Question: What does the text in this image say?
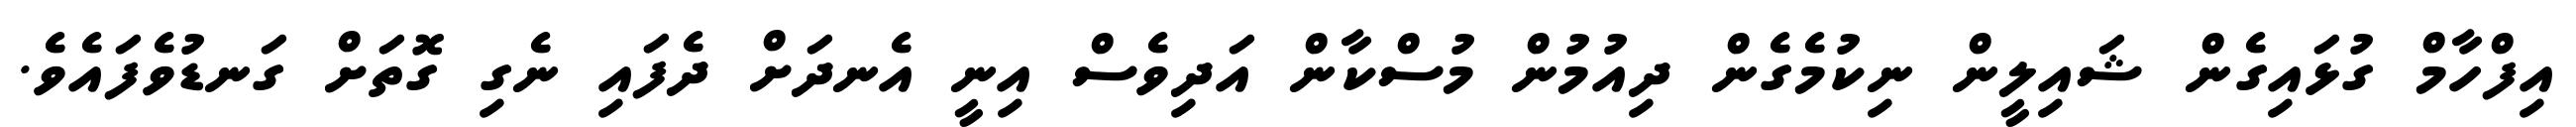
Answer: އިފްހާމް ގުޅައިގެން ޝައިލީން ނިކުމެގެން ދިއުމުން މުސްކާން އަދިވެސް އިނީ އެނދަށް ދެފައި ނެގި ގޮތަށް ގަނޑުވެފައެވެ.